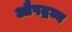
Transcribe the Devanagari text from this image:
औषद्रव्य